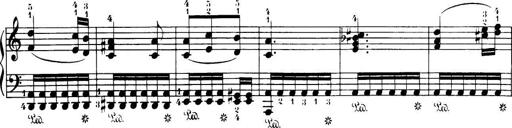
Title: 32 Sonatinas and Rondos for the Piano
Composer: Richard Kleinmichel